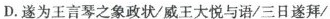
D.遂为王言琴之象政状/威王大悦与语/三日遂拜/